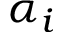
\alpha _ { i }